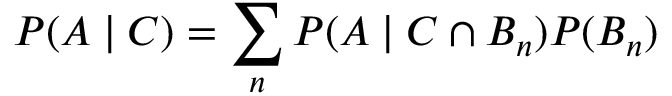
P ( A \mid C ) = \sum _ { n } P ( A \mid C \cap B _ { n } ) P ( B _ { n } )